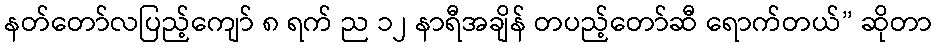
နတ်တော်လပြည့်ကျော် ၈ ရက် ည ၁၂ နာရီအချိန် တပည့်တော်ဆီ ရောက်တယ်” ဆိုတာ